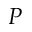
P